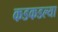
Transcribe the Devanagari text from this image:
कडकडल्या